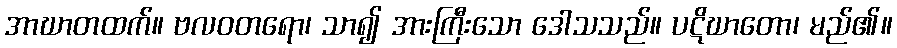
အာဃာတထက်။ ဗလဝတရော၊ သာ၍ အားကြီးသော ဒေါသသည်။ ပဋိဃာတော၊ မည်၏။